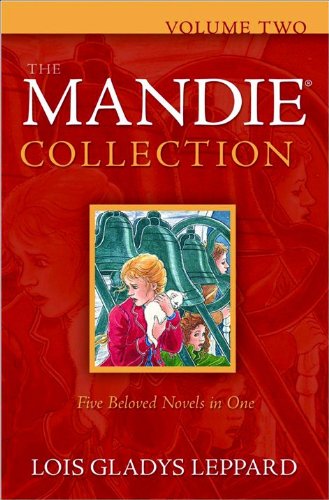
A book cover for The Mandie Collection, Vol. 2: Books 6-10; Lois Gladys Leppard; Teen & Young Adult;